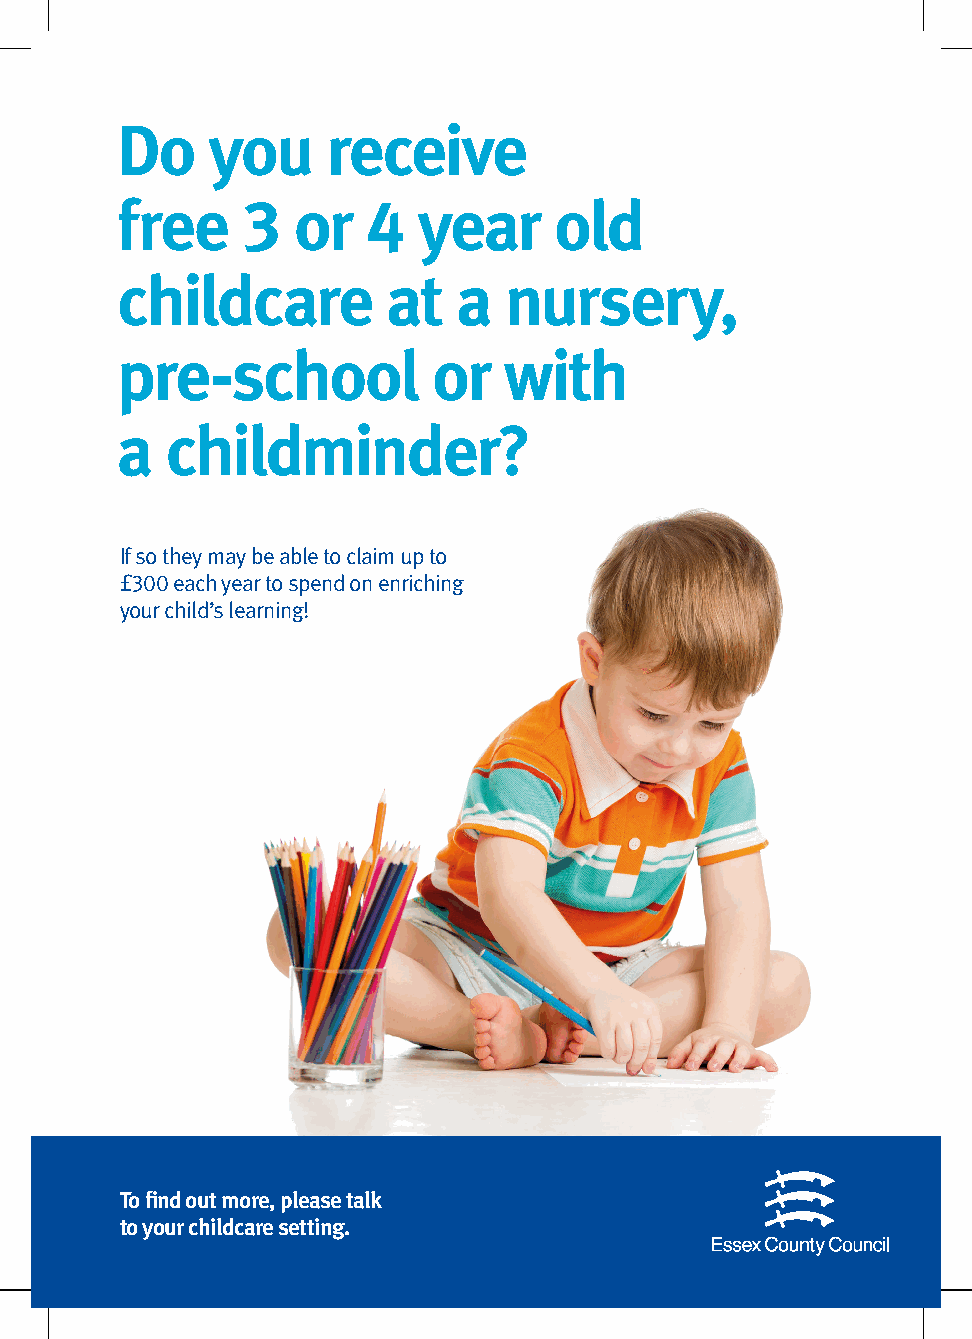
Do    you     receive
 free    3  or   4   year     old
 childcare         at  a  nursery,
 pre-school           or  with
 a  childminder?
 If so they may be able to claim up to
 £300 each year to spend on enriching
 your child’s learning!
 To find out more, please talk
 to your childcare setting.